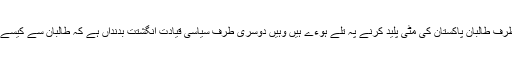
جہاں ایک طرف طالبان پاکستان کی مٹی پلید کرنے پہ تلے ہوءے ہیں وہیں دوسری طرف سیاسی قیادت انگشتت بدنداں ہے کہ طالبان سے کیسے نمٹا جاءے۔